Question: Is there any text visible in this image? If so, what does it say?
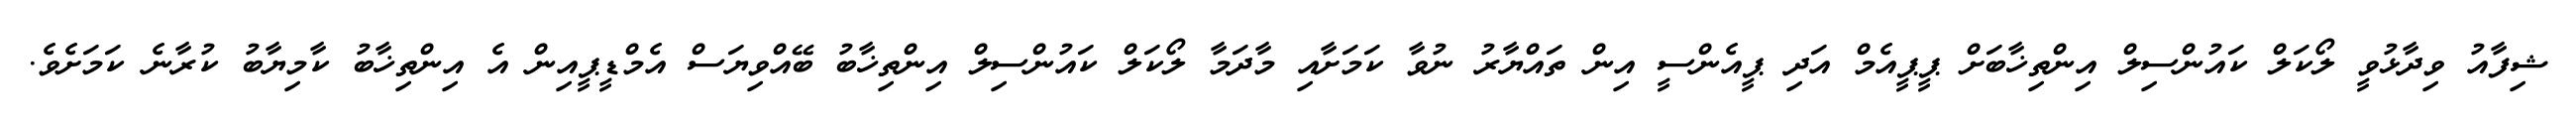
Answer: ޝިފާއު ވިދާޅުވީ ލޯކަލް ކައުންސިލް އިންތިޚާބަށް ޕީޕީއެމް އަދި ޕީއެންސީ އިން ތައްޔާރު ނުވާ ކަމަށާއި މާދަމާ ލޯކަލް ކައުންސިލް އިންތިޚާބު ބޭއްވިޔަސް އެމްޑީޕީއިން އެ އިންތިޚާބު ކާމިޔާބު ކުރާނެ ކަމަށެވެ.